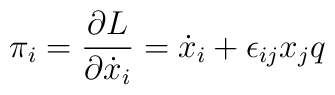
\pi_i = \frac{\partial L}{\partial\dot x_i} = \dot x_i + \epsilon_{ij}x_jq